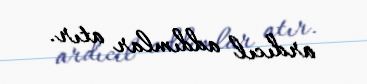
ardıcıl addımlar atır.